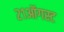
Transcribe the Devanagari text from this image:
२१ऑगस्ट